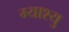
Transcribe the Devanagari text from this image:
म्याश्यु